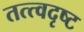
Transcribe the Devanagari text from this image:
तत्त्वदृष्ट